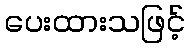
ပေးထားသဖြင့်